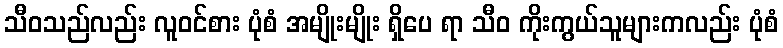
သီဝသည်လည်း လူဝင်စား ပုံစံ အမျိုးမျိုး ရှိပေ ရာ သီဝ ကိုးကွယ်သူများကလည်း ပုံစံ